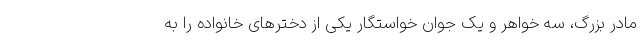
مادر بزرگ، سه خواهر و یک جوان خواستگار یکی از دخترهای خانواده را به